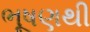
ભૂષણથી